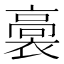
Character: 𧜉